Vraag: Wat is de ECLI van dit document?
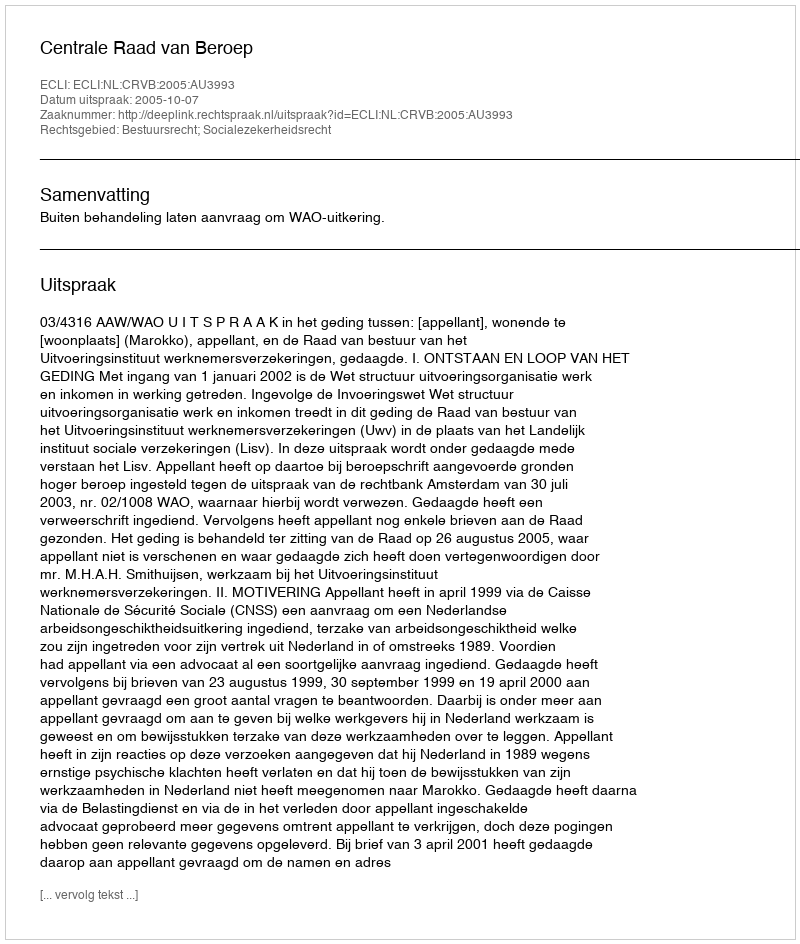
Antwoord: ECLI:NL:CRVB:2005:AU3993